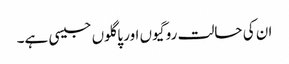
ان کی حالت روگیوں اور پاگلوں جیسی ہے۔